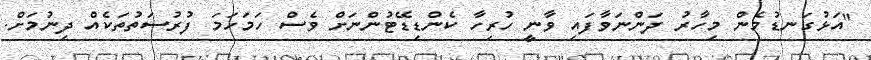
"އަޅުގަނޑުމެން މިހާރު ދަންނަވާފައި ވާނީ ހުރިހާ ކެންޑިޑޭޓުންނަށް ވެސް ހަމަހަމަ ފުރުސަތުތަކެއް ދިނުމަށް.